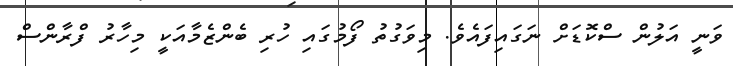
ވަނީ އަލުން ސްކޮޑަށް ނަގައިފައެވެ. މިވަގުތު ފޯމުގައި ހުރި ބެންޒެމާއަކީ މިހާރު ފްރާންސް